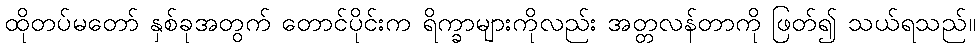
ထိုတပ်မတော် နှစ်ခုအတွက် တောင်ပိုင်းက ရိက္ခာများကိုလည်း အတ္တလန်တာကို ဖြတ်၍ သယ်ရသည်။